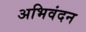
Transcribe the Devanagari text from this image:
अभिवंदन